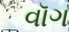
વૉગ